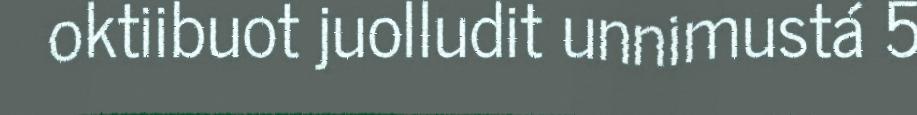
oktiibuot juolludit unnimustá 5